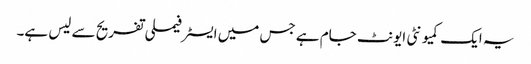
یہ ایک کمیونٹی ایونٹ جام ہے جس میں ایسٹر فیملی تفریح ​​سے لیس ہے۔